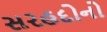
સરહદોનો